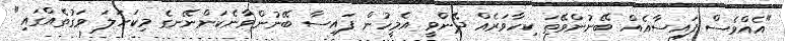
"އެއްވެސް ފައިސާއެއް ބޭނުންވޭތަ ކިހާވަރެއް ދޭންވީ އެމީހުން ފައިސާ ބޭނުންވާނެކަންނޭނގެ މިކަހަލަ ވަގުތެއްގައި"